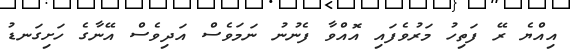
އިއްޔެ ރޭ ފަތިހު މަރުވެފައި އޮއްވާ ފެނުނު ނަމަވެސް އަދިވެސް އޭނާގެ ހަށިގަނޑު